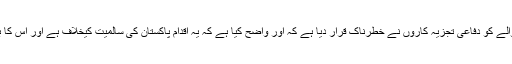
اس تمام صورتحال کے حوالے کو دفاعی تجزیہ کاروں نے خطرناک قرار دیا ہے کہ اور واضح کیا ہے کہ یہ اقدام پاکستان کی سالمیت کیخلاف ہے اور اس کا بھرپور جواب دیا جائے گا۔